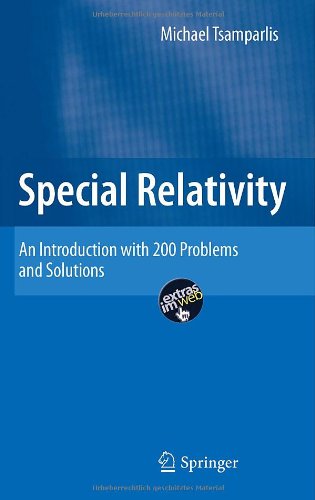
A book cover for Special Relativity: An Introduction with 200 Problems and Solutions; Michael Tsamparlis; Science & Math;